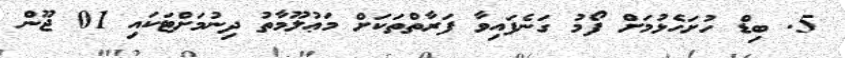
5. ބިޑް ހުށަހެޅުމަށް ފޯމު ގަނެފައިވާ ފަރާތްތަކަށް މަޢުލޫމާތު ދިނުމަށްޓަކައި 01 ޖޫން